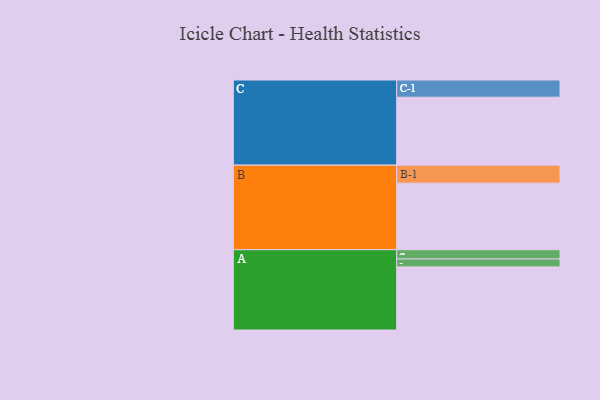
{"axis": {"x": "Segment", "y": "Value"}, "legend": ["", "A", "B", "C"], "data": [{"x": "A", "y": 550, "type": ""}, {"x": "B", "y": 580, "type": ""}, {"x": "C", "y": 592, "type": ""}, {"x": "A-1", "y": 69, "type": "A"}, {"x": "A-2", "y": 81, "type": "A"}, {"x": "B-1", "y": 157, "type": "B"}, {"x": "C-1", "y": 150, "type": "C"}]}